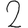
Digit: 2